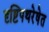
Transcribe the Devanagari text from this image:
दृष्टिपथरेषेत